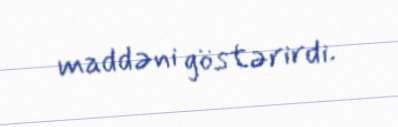
maddəni göstərirdi.